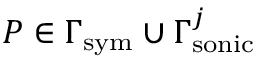
P \in \Gamma _ { \mathrm { s y m } } \cup \Gamma _ { \mathrm { s o n i c } } ^ { j }